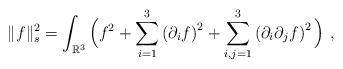
LaTeX: \begin{align*}\|f\|_s^2=\int_{\mathbb{R}^3} \Big(f^2+\sum_{i=1}^3\left(\partial_i f\right)^2 +\sum_{i, j=1}^3\left(\partial_i\partial_j f\right)^2 \Big)\ ,\end{align*}